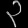
Digit: ၃